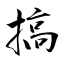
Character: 搞